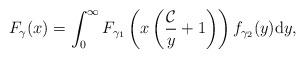
LaTeX: \begin{align*}F_\gamma(x)=\displaystyle \int_{0}^{\infty} F_{\gamma_1}\left( x\left( \frac{{\cal C}}{y}+1\right) \right) f_{\gamma_2}(y)\mathrm{d}y,\end{align*}